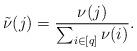
LaTeX: \begin{align*}\tilde{\nu}(j)=\frac{\nu(j)}{\sum_{i\in [q]}\nu(i)}.\end{align*}